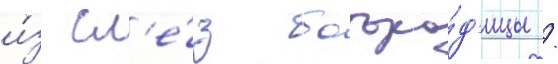
и́з сл'е́з богоро́д'ицы /